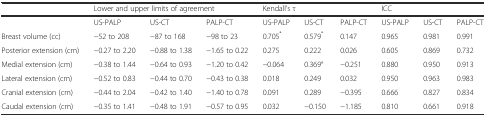
<table><thead><tr><td></td><td colspan="3"><b>Lower and upper limits of agreement</b></td><td colspan="3"><b>Kendall’s τ</b></td><td colspan="3"><b>ICC</b></td></tr></thead><tbody><tr><td></td><td>US-PALP</td><td>US-CT</td><td>PALP-CT</td><td>US-PALP</td><td>US-CT</td><td>PALP-CT</td><td>US-PALP</td><td>US-CT</td><td>PALP-CT</td></tr><tr><td>Breast volume (cc)</td><td>−52 to 208</td><td>−87 to 168</td><td>−98 to 23</td><td>0.705<sup>*</sup></td><td>0.579<sup>*</sup></td><td>0.147</td><td>0.965</td><td>0.981</td><td>0.991</td></tr><tr><td>Posterior extension (cm)</td><td>−0.27 to 2.20</td><td>−0.88 to 1.38</td><td>−1.65 to 0.22</td><td>0.275</td><td>0.222</td><td>0.026</td><td>0.605</td><td>0.869</td><td>0.732</td></tr><tr><td>Medial extension (cm)</td><td>−0.38 to 1.44</td><td>−0.64 to 0.93</td><td>−1.20 to 0.42</td><td>−0.064</td><td>0.369°</td><td>−0.251</td><td>0.880</td><td>0.950</td><td>0.913</td></tr><tr><td>Lateral extension (cm)</td><td>−0.52 to 0.83</td><td>−0.44 to 0.70</td><td>−0.43 to 0.38</td><td>0.018</td><td>0.249</td><td>0.032</td><td>0.950</td><td>0.963</td><td>0.983</td></tr><tr><td>Cranial extension (cm)</td><td>−0.44 to 2.04</td><td>−0.42 to 1.40</td><td>−1.40 to 0.78</td><td>0.091</td><td>0.289</td><td>−0.395</td><td>0.666</td><td>0.827</td><td>0.834</td></tr><tr><td>Caudal extension (cm)</td><td>−0.35 to 1.41</td><td>−0.48 to 1.91</td><td>−0.57 to 0.95</td><td>0.032</td><td>−0.150</td><td>−1.185</td><td>0.810</td><td>0.661</td><td>0.918</td></tr></tbody></table>